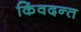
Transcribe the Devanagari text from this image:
किंवदन्त